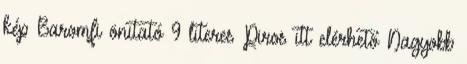
kép Baromfi önitató 9 literes Piros itt elérhető Nagyobb